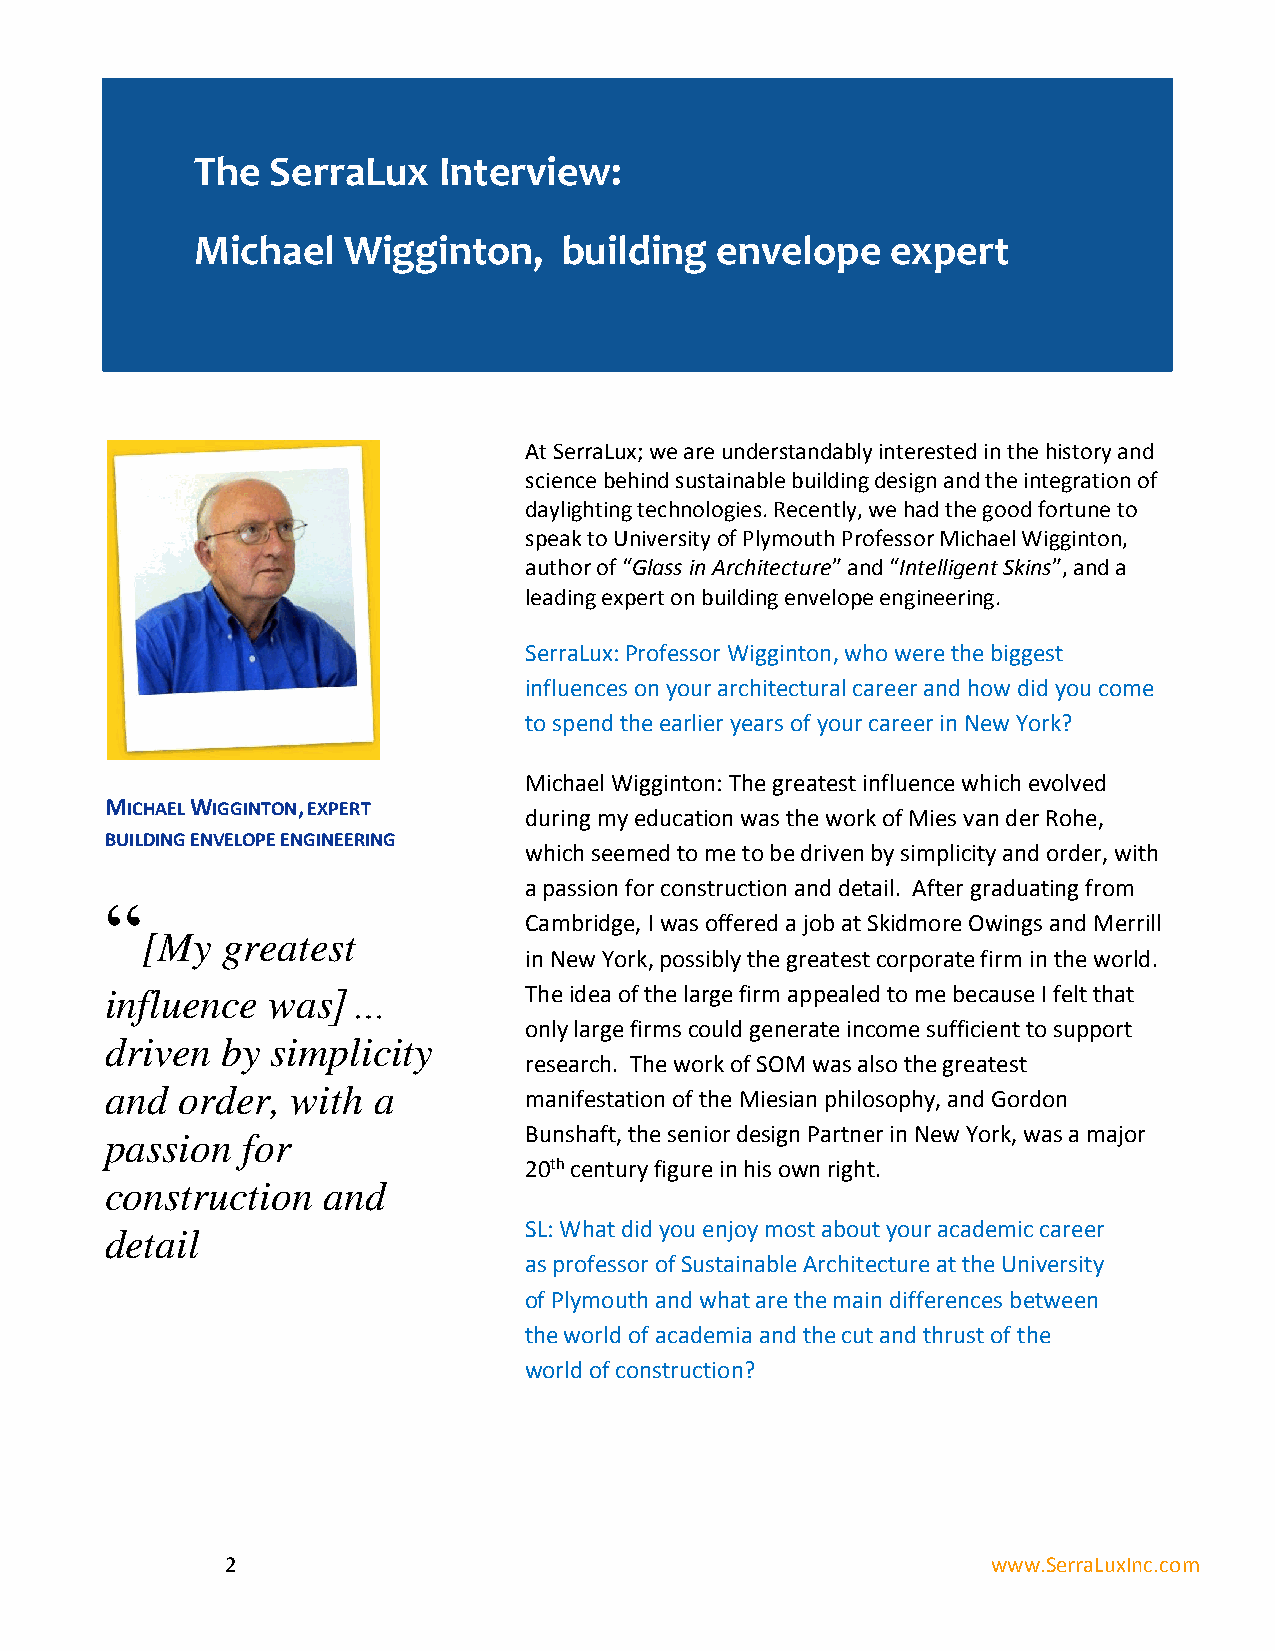
The  SerraLux   Interview:
 Michael   Wigginton,    building  envelope    expert
 At SerraLux; we are understandably interested in the history and
 science behind sustainable building design and the integration of
 daylighting technologies. Recently, we had the good fortune to
 speak to University of Plymouth Professor Michael Wigginton,
 author of “Glass in Architecture” and “Intelligent Skins”, and a
 leading expert on building envelope engineering.
 SerraLux: Professor Wigginton, who were the biggest
 influences on your architectural career and how did you come
 to spend the earlier years of your career in New York?
 Michael Wigginton: The greatest influence which evolved
 MICHAEL WIGGINTON, EXPERT
 during my education was the work of Mies van der Rohe,
 BUILDING ENVELOPE ENGINEERING
 which seemed to me to be driven by simplicity and order, with
 a passion for construction and detail. After graduating from
 “
 Cambridge, I was offered a job at Skidmore Owings and Merrill
 [My   greatest
 in New York, possibly the greatest corporate firm in the world.
 influence  was]…            The idea of the large firm appealed to me because I felt that
 only large firms could generate income sufficient to support
 driven  by simplicity
 research. The work of SOM was also the greatest
 and  order, with  a
 manifestation of the Miesian philosophy, and Gordon
 passion  for                Bunshaft, the senior design Partner in New York, was a major
 20th century figure in his own right.
 construction  and
 detail                      SL: What did you enjoy most about your academic career
 as professor of Sustainable Architecture at the University
 of Plymouth and what are the main differences between
 the world of academia and the cut and thrust of the
 world of construction?
 2                                                  www.SerraLuxInc.com